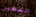
المعين